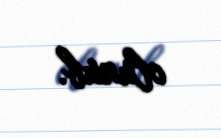
olunub.